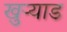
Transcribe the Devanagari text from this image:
खुऱ्याड